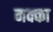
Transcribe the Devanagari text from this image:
नक्का